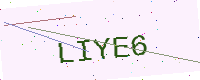
Text: LIYE6